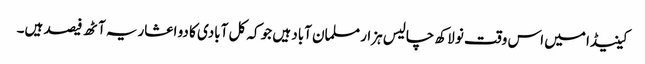
کینیڈا میں اس وقت نو لاکھ چالیس ہزار مسلمان آباد ہیں جو کہ کل آبادی کا دو اعشاریہ آٹھ فیصد ہیں۔